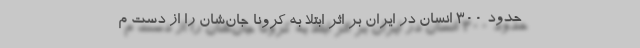
حدود ۳۰۰ انسان در ایران بر اثر ابتلا به کرونا جان‌شان را از دست م